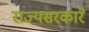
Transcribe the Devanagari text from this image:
राज्यसरकारे